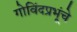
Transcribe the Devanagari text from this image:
गोविंदप्रभूंचे